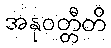
အနုဝတ္တီတိ